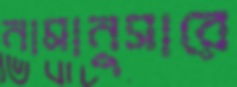
নামানুসারে